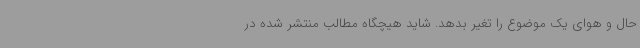
حال و هوای یک موضوع را تغیر بدهد. شاید هیچگاه مطالب منتشر شده در